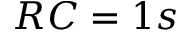
R C = 1 s